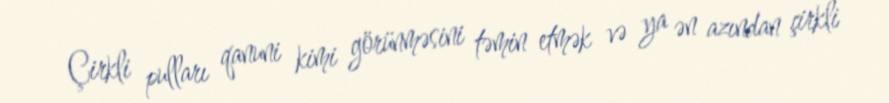
Çirkli pulları qanuni kimi görünməsini təmin etmək və ya ən azından çirkli